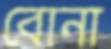
বোনা